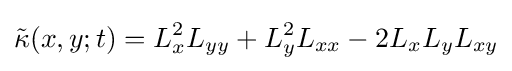
{\tilde {\kappa }}(x,y;t)=L_{x}^{2}L_{yy}+L_{y}^{2}L_{xx}-2L_{x}L_{y}L_{xy}